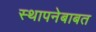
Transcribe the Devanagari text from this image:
स्थापनेबाबत